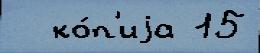
  ко́п'иjа 15